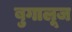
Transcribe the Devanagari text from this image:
बुगालूज